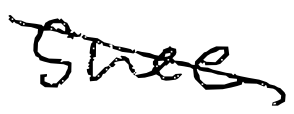
Text: since
Cross-out: diagonal
Writing tool: digital_black